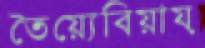
তৈয়্যেবিয়ায়